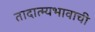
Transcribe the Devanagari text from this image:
तादात्म्यभावाची